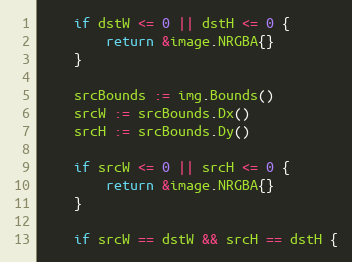
Language: Go
	if dstW <= 0 || dstH <= 0 {
		return &image.NRGBA{}
	}

	srcBounds := img.Bounds()
	srcW := srcBounds.Dx()
	srcH := srcBounds.Dy()

	if srcW <= 0 || srcH <= 0 {
		return &image.NRGBA{}
	}

	if srcW == dstW && srcH == dstH {